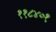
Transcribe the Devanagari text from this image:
११८४०१